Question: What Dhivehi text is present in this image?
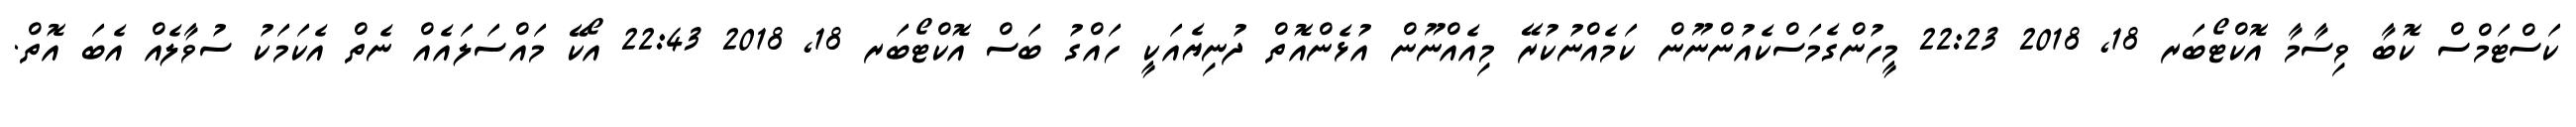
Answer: ކަސްޓަމްސް ކޮބާ ވިސާމާ އޮކްޓޯބަރ 18, 2018 22:23 މީހުންގެމަސްކެއުންނޫން ކަމެއްނުކުރޭ މިއެއްނޫން އުޅެންއޮތް ދުނިޔެއަކީ ހައްގު ބަސް އޮކްޓޯބަރ 18, 2018 22:43 އޯކޭ މައްސަލައެއް ނެތް އެކަމަކު ސުވާލެއް އެބަ އޮތް.